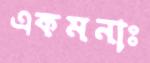
একমনাঃ